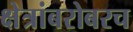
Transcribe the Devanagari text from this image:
क्षेत्रांबरोबरच